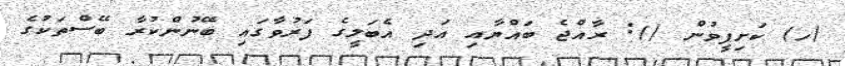
(ހ) ކަށިފީވުން (): ރާއްޖެ ބައްޔާއި އަދި އެބަލީގެ ފަރުވާގައި ބޭނުންކުރާ ބޭސްތަކުގެ